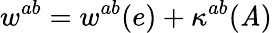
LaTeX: w^{ab}=w^{ab}(e)+\kappa^{ab}(\mathit{A})